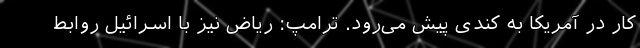
کار در آمریکا به کندی پیش می‌رود. ترامپ: ریاض نیز با اسرائیل روابط